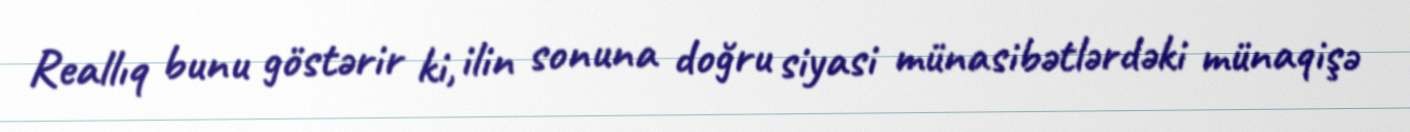
Reallıq bunu göstərir ki, ilin sonuna doğru siyasi münasibətlərdəki münaqişə